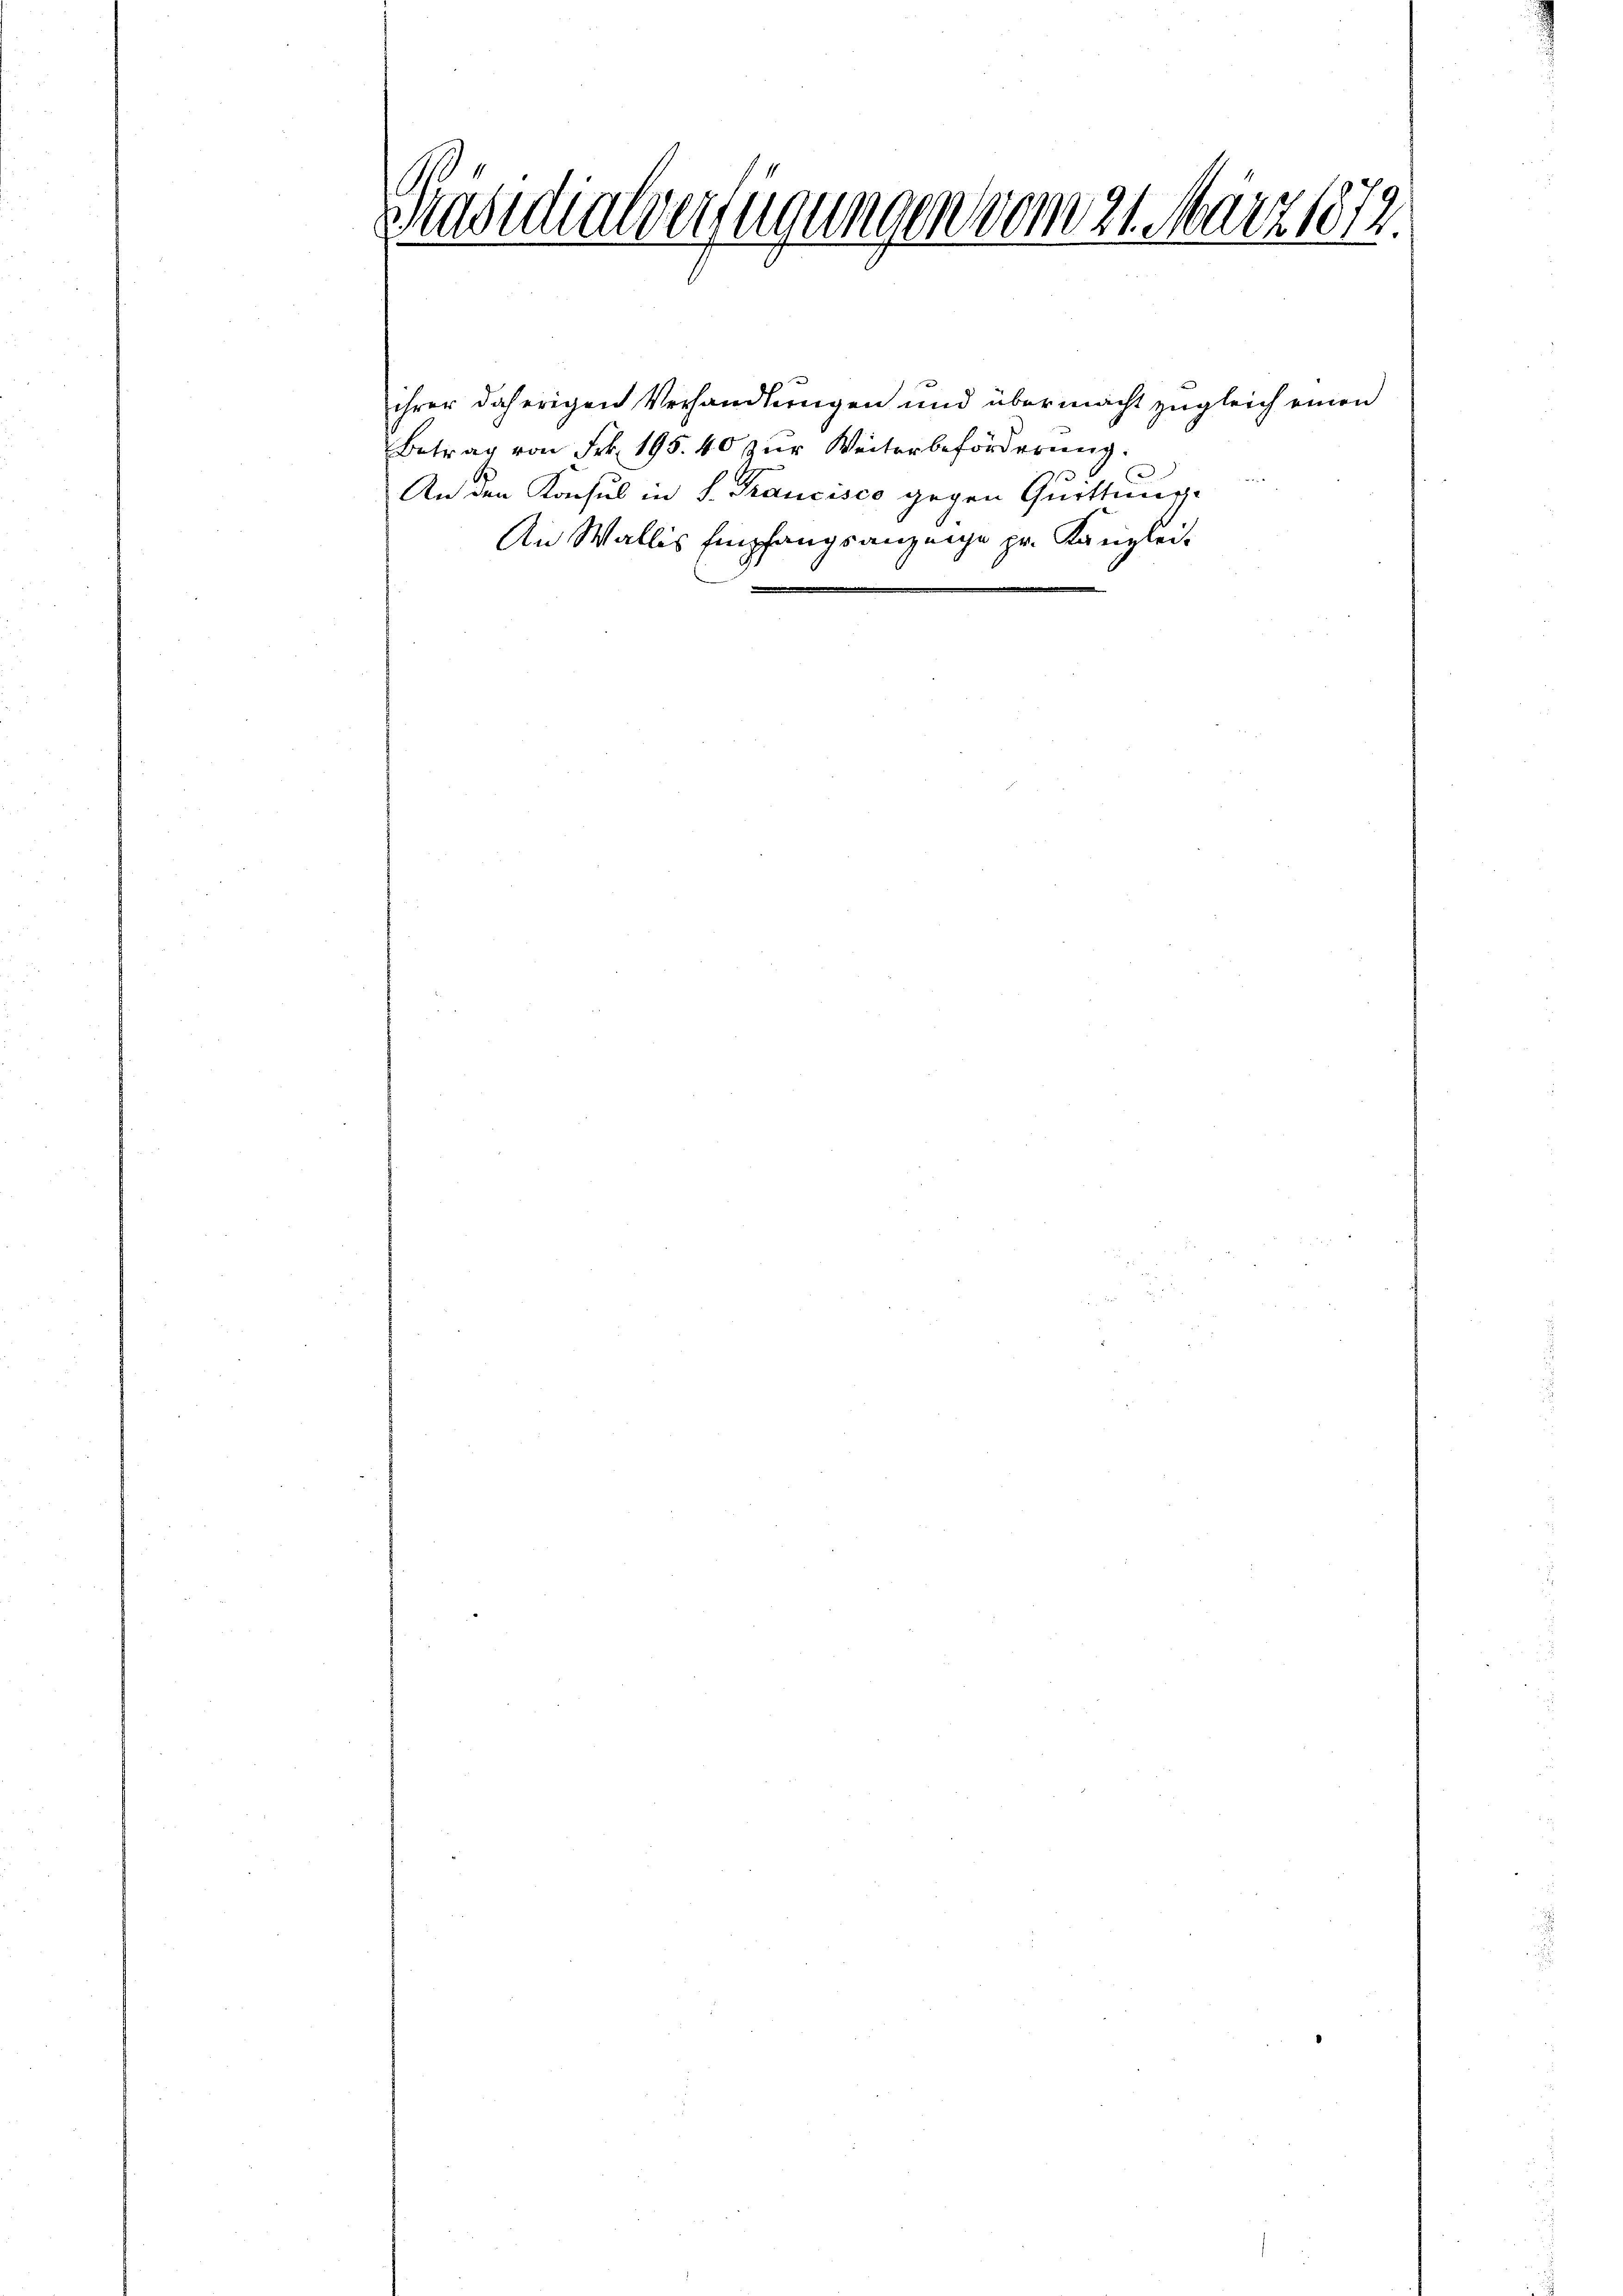
Präsidialverfügungen vom 21. März 1872.

ihrer daherigen Verhandlungen und übermacht zugleich einen
Betrag von Frk. 195. 40 zur Weiterbeförderung.
2 Herr
An den Konsul in S. Francisco gegen Quittung.
An Wallis Empfangsanzeige pr. Kanzlei-